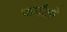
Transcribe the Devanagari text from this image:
फनरैंडो